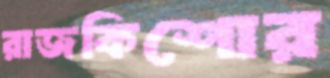
রাজকিশোর